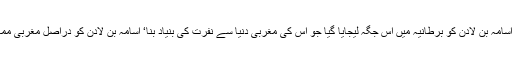
’13 سال کی عمر میں اسامہ بن لادن کو برطانیہ میں اس جگہ لیجایا گیا جو اس کی مغربی دنیا سے نفرت کی بنیاد بنا‘ اسامہ بن لادن کو دراصل مغربی ممالک سے کیا مسئلہ تھا؟